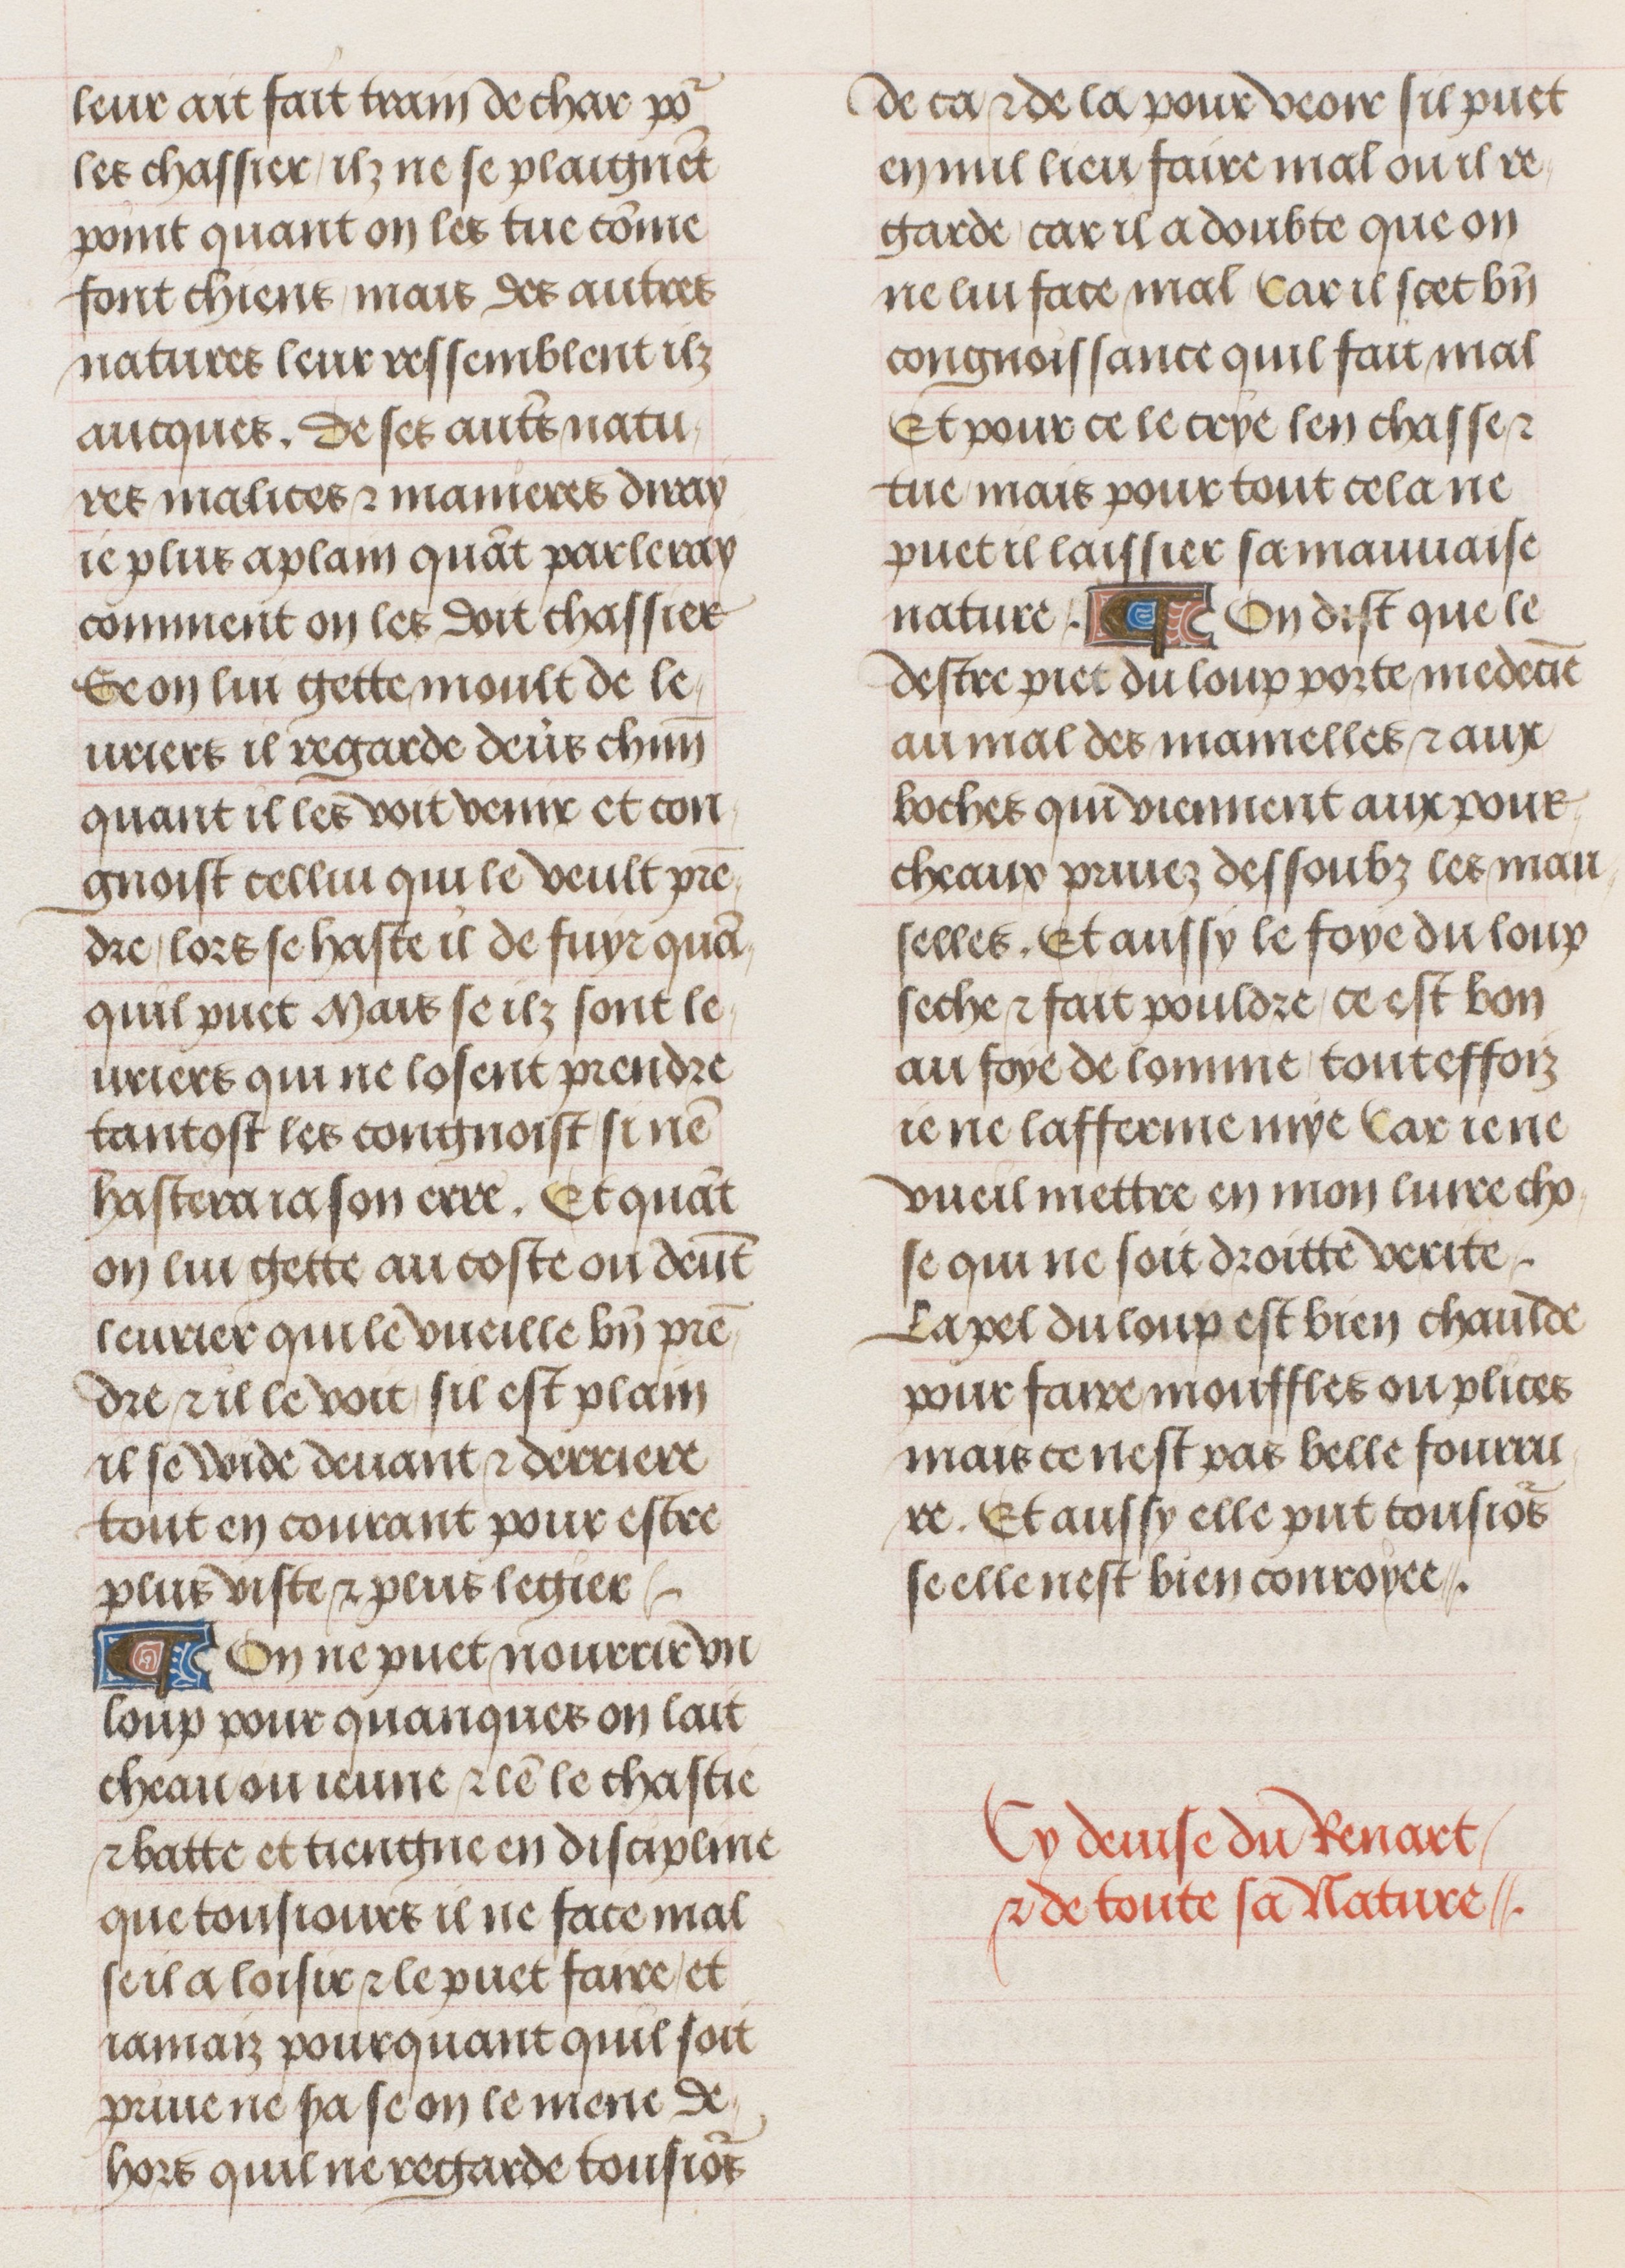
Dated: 1470–1500